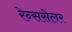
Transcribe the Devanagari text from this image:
रेन्ससेलर